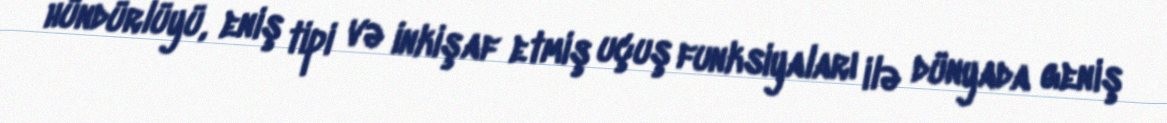
hündürlüyü, eniş tipi və inkişaf etmiş uçuş funksiyaları ilə dünyada geniş